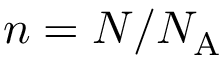
n = N / N _ { \mathrm { A } }